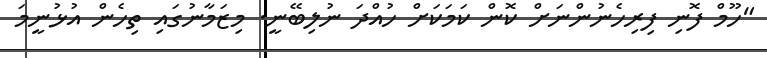
"ހޫމް ފޮނި ފިރިހެނުންނަށް ކޮން ކަމަކަށް ހުއްދަ ނުލިބޭނީ. މިޒަމާނުގައި ތިހެން އުޅުނީމަ